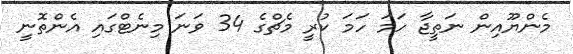
މެންޔޫއިން ނަތީޖާ ހަމަ ހަމަ ކުރީ މެޗްގެ 34 ވަނަ މިނެޓްގައި އެންތޮނީ